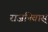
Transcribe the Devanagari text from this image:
राजनिवास्